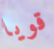
قويا